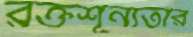
রক্তশূন্যতার